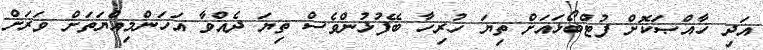
އަދި ޚާއްޞަކޮށް ފުޓްބޯޅައަށް ތިޔަ ހުރިހާ ބޭފުޅުންވެސް ތިޔަ ދެއްވާ އަހަންމިއްޔަތަށް ވަރަށް